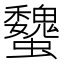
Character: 𧕞